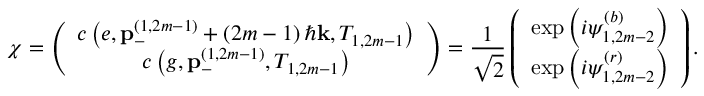
\chi = \left( \begin{array} { c } { c \left( e , \mathbf { p } _ { - } ^ { \left( 1 , 2 m - 1 \right) } + \left( 2 m - 1 \right) \hbar \mathbf { k } , T _ { 1 , 2 m - 1 } \right) } \\ { c \left( g , \mathbf { p } _ { - } ^ { \left( 1 , 2 m - 1 \right) } , T _ { 1 , 2 m - 1 } \right) } \end{array} \right) = \frac { 1 } { \sqrt { 2 } } \left( \begin{array} { c } { \exp \left( i \psi _ { 1 , 2 m - 2 } ^ { \left( b \right) } \right) } \\ { \exp \left( i \psi _ { 1 , 2 m - 2 } ^ { \left( r \right) } \right) } \end{array} \right) .